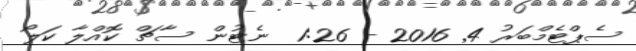
ސެޕްޓެމްބަރު 4